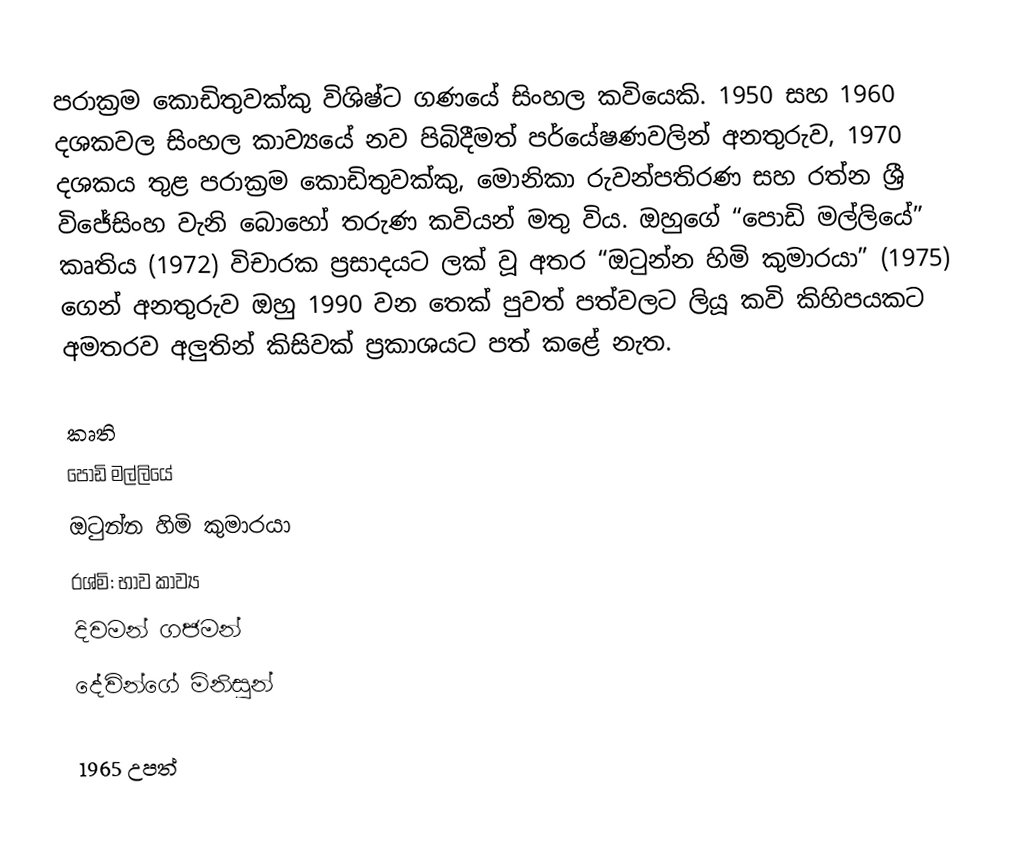
පරාක්‍රම කොඩිතුවක්කු විශිෂ්ට ගණයේ සිංහල කවියෙකි. 1950 සහ 1960 දශකවල සිංහල කාව්‍යයේ නව පිබිදීමත් පර්යේෂණවලින් අනතුරුව, 1970 දශකය තුළ පරාක්‍රම කොඩිතුවක්කු, මොනිකා රුවන්පතිරණ සහ රත්න ශ්‍රී විජේසිංහ වැනි බොහෝ තරුණ කවියන් මතු විය. ඔහුගේ “පොඩි මල්ලියේ” කෘතිය (1972) විචාරක ප්‍රසාදයට ලක් වූ අතර “ඔටුන්න හිමි කුමාරයා” (1975) ගෙන් අනතුරුව ඔහු 1990 වන තෙක් පුවත් පත්වලට ලියූ කවි කිහිපයකට අමතරව අලුතින් කිසිවක් ප්‍රකාශයට පත් කළේ නැත.

කෘති
 පොඩි මල්ලියේ
 ඔටුන්න හිමි කුමාරයා
රශ්මි: භාව කාව්‍ය
 දිවමන් ගජමන්
 දේවින්ගේ මිනිසුන්

1965 උපත්